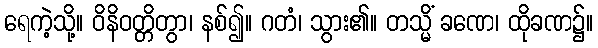
ရေကဲ့သို့။ ဝိနိဝတ္တိတွာ၊ နစ်၍။ ဂတံ၊ သွား၏။ တသ္မိံ ခဏေ၊ ထိုခဏ၌။